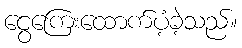
ငွေကြေးထောက်ပံ့ခဲ့သည်။